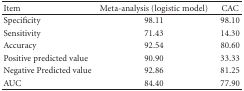
| Item | Meta-analysis (logistic model) | CAC |
 | --- | --- | --- |
 | Specificity | 98.11 | 98.10 |
 | Sensitivity | 71.43 | 14.30 |
 | Accuracy | 92.54 | 80.60 |
 | Positive predicted value | 90.90 | 33.33 |
 | Negative Predicted value | 92.86 | 81.25 |
 | AUC | 84.40 | 77.90 |